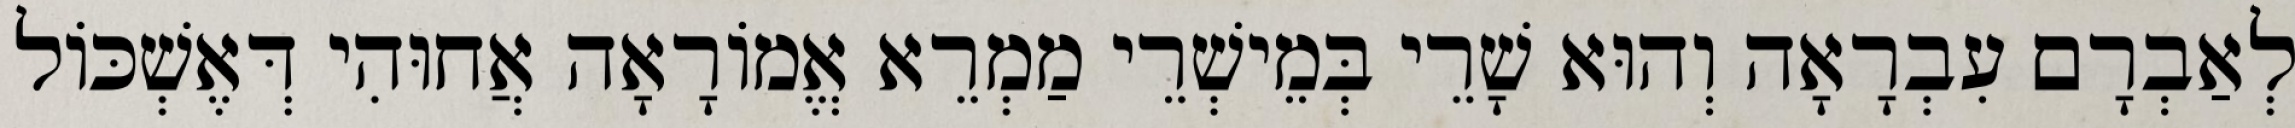
לְאַבְרָם עִבְרָאָה וְהוּא שָׁרֵי בְּמֵישְׁרֵי מַמְרֵא אֱמוֹרָאָה אֲחוּהִי דְּאֶשְׁכּוֹל